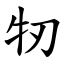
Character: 牣